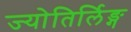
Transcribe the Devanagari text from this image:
ज्योतिर्लिङ्ग